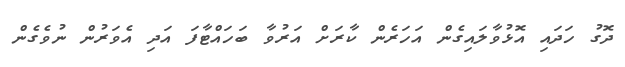
ދޮގު ހަދައި އޮޅުވާލައިގެން އަހަރެން ކާރަށް އަރުވާ ބަހައްޓާފަ އަދި އެވަރުން ނުވެގެން